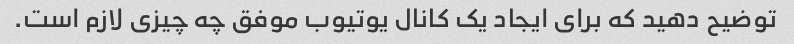
توضیح دهید که برای ایجاد یک کانال یوتیوب موفق چه چیزی لازم است.